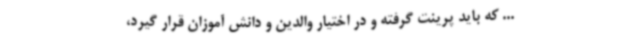
... که باید پرینت گرفته و در اختیار والدین و دانش آموزان قرار گیرد،